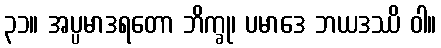
၃၁။ အပ္ပမာဒရတော ဘိက္ခု၊ ပမာဒေ ဘယဒဿိ ဝါ။